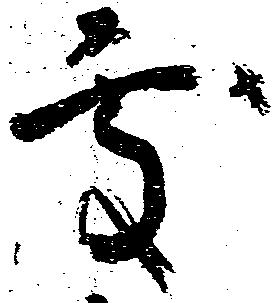
処